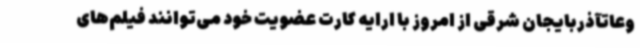
وعاتآذربایجان شرقی از امروز با ارایه کارت عضویت خود می‌توانند فیلم‌های